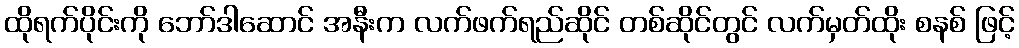
ထိုရက်ပိုင်းကို ဘော်ဒါဆောင် အနီးက လက်ဖက်ရည်ဆိုင် တစ်ဆိုင်တွင် လက်မှတ်ထိုး စနစ် ဖြင့်